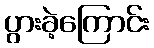
ပွားခဲ့ကြောင်း